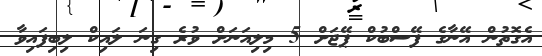
އެގޮތުން އޭނާގެ ފޭސްބުކް ޕޭޖަށް 5 މިލިއަނަށް ވުރެ ގިނަ ލައިކް ލިބިފައިވާ